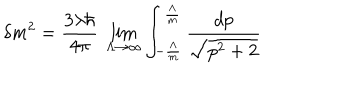
\delta m ^ { 2 } = \frac { 3 \lambda \hbar } { 4 \pi } ~ \lim _ { \Lambda \rightarrow \infty } \int _ { - \frac { \Lambda } { m } } ^ { \frac { \Lambda } { m } } \frac { d p } { \sqrt { p ^ { 2 } + 2 } }